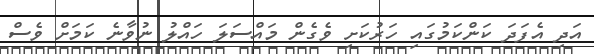
އަދި އެފަދަ ކަންކަމުގައި ހަރުކަށި ވެގެން މައްސަލަ ހައްލު ނުވާނެ ކަމަށް ވެސް